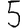
Digit: 5